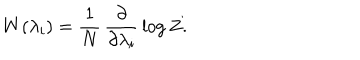
LaTeX: W ( \lambda _ { i } ) = \frac { 1 } { N } \, \frac { \partial } { \partial \lambda _ { i } } \, \log Z .